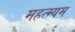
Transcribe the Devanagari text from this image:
महत्म्यम